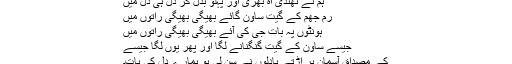
ہم نے ٹھنڈی آہ بھری اور پہلو بدل کر دل ہی دل میں
رم جھم کے گیت ساون گائے بھیگی بھیگی راتوں میں
ہونٹوں پہ بات جی کی آئے بھیگی بھیگی راتوں میں
جیسے ساون کے گیت گنگنانے لگا اور پھر یوں لگا جیسے
کے مصداق آسمان پر اڑتے بادلوں نے سن لی ہو ہمارے دل کی بات۔